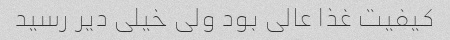
کیفیت غذا عالی بود ولی خیلی دیر رسید